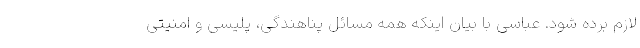
لازم برده شود. عباسی با بیان اینکه همه مسائل پناهندگی، پلیسی و امنیتی